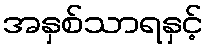
အနှစ်သာရနှင့်